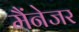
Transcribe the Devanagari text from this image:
मैंनेजर